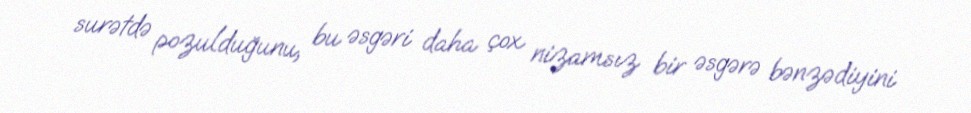
surətdə pozulduğunu, bu əsgəri daha çox nizamsız bir əsgərə bənzədiyini